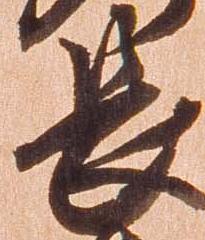
長